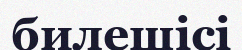
билешісі